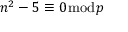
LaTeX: n ^ { 2 } - 5 \equiv 0 { \bmod { p } }